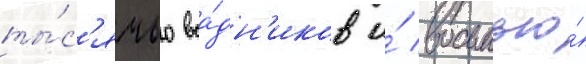
ты́с'ячью вса́дн'иков и́ восьмью́